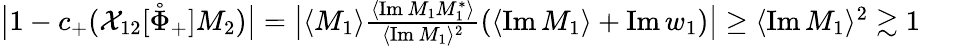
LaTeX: \begin{array}{r}{\big\vert 1-c_{+}(\mathcal{X}_{12}[\mathring{\Phi}_{+}]M_{2})\big\vert=\big|\langle M_{1}\rangle\frac{\langle\mathrm{Im}\, M_{1}M_{1}^{*}\rangle}{\langle\mathrm{Im}\, M_{1}\rangle^{2}}(\langle\mathrm{Im}\, M_{1}\rangle+\mathrm{Im}\, w_{1})\big|\ge\langle\mathrm{Im}\, M_{1}\rangle^{2}\gtrsim 1\qquad}\end{array}